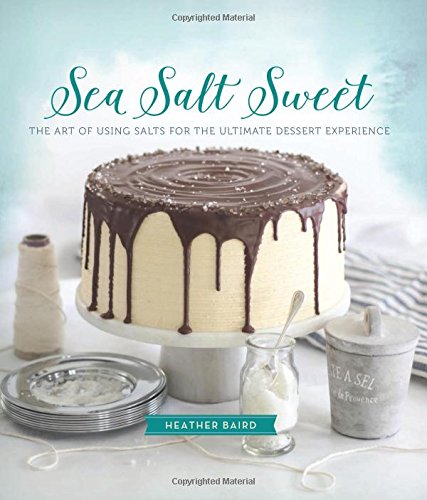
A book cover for Sea Salt Sweet: The Art of Using Salts for the Ultimate Dessert Experience; Heather Baird; Cookbooks, Food & Wine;